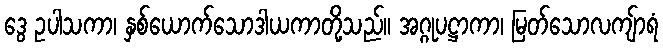
ဒွေ ဥပါသကာ၊ နှစ်ယောက်သောဒါယကာတို့သည်။ အဂ္ဂုပဋ္ဌာကာ၊ မြတ်သောလကျ်ာရံ